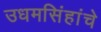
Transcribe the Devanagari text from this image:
उधमसिंहांचे